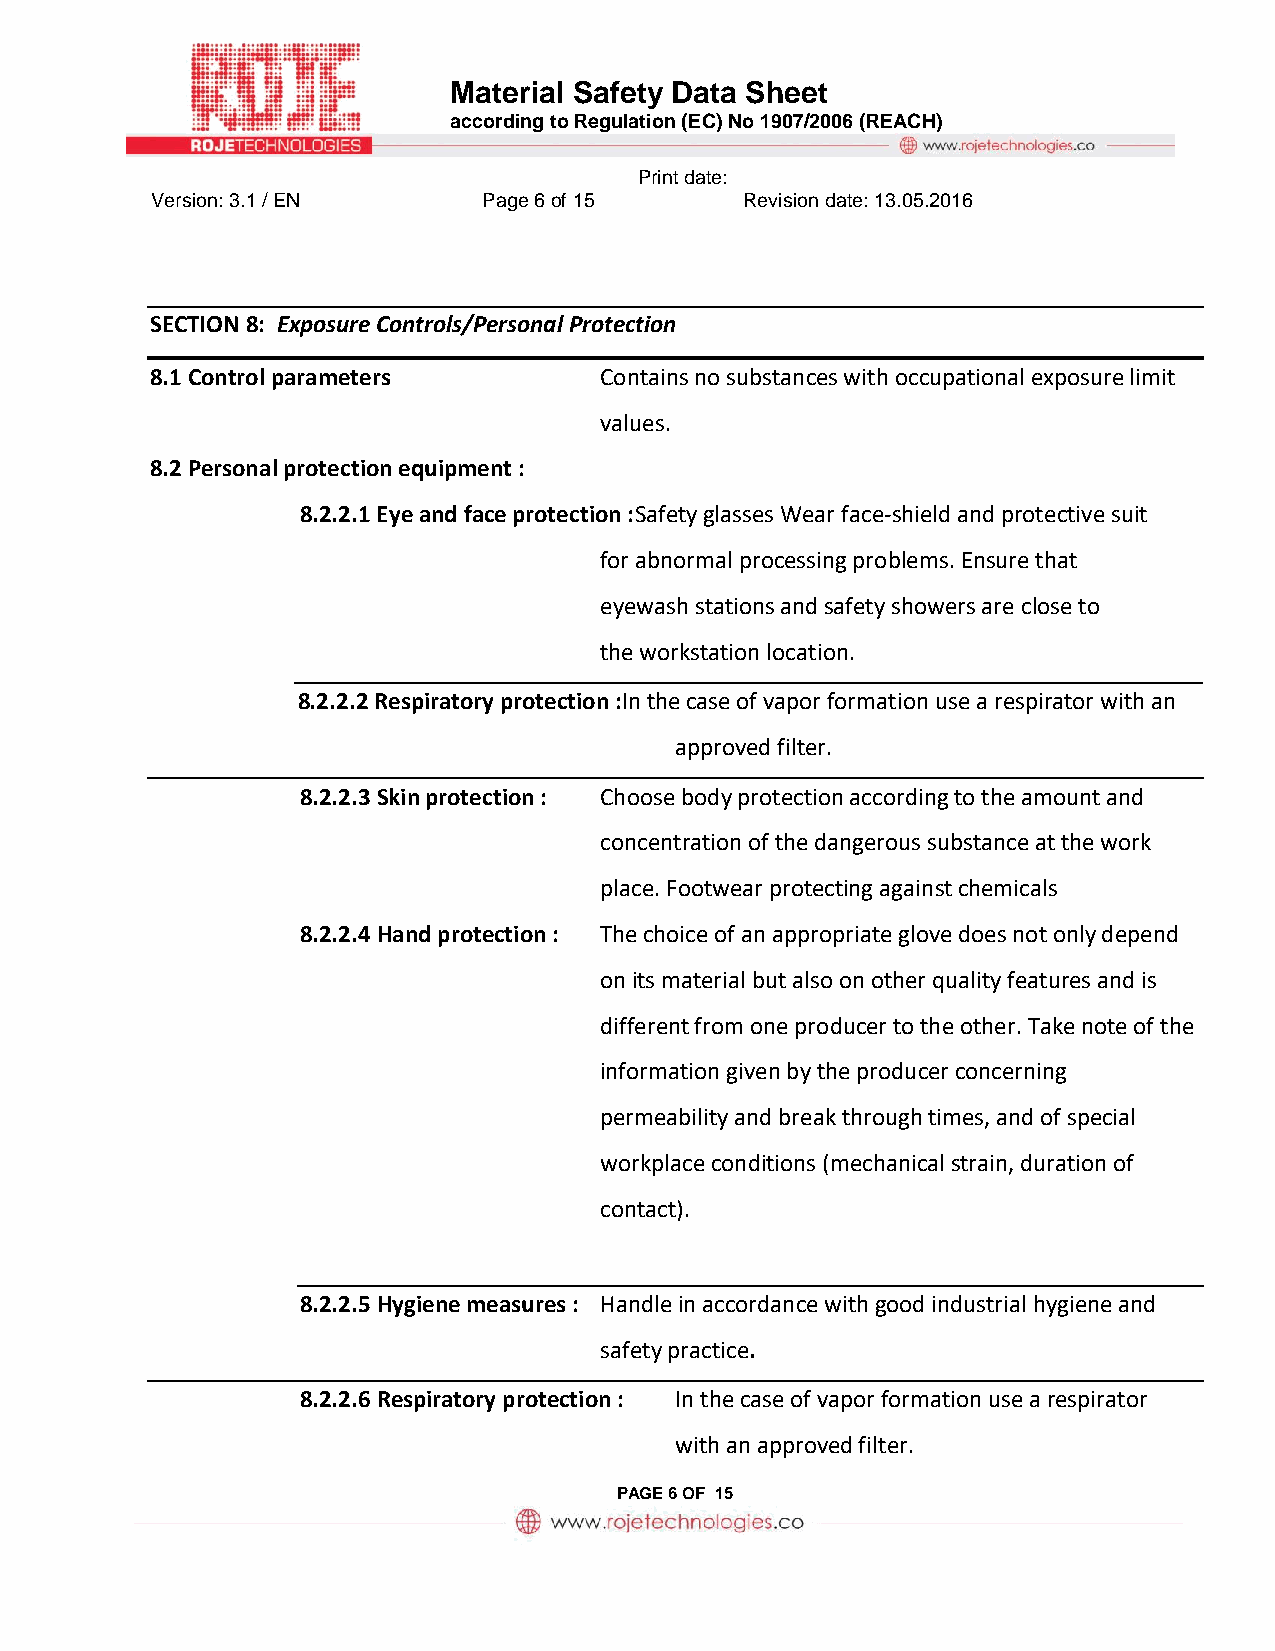
Material Safety Data Sheet
 according to Regulation (EC) No 1907/2006 (REACH)
 Print date:
 Version: 3.1 / EN     Page 6 of 15     Revision date: 13.05.2016
 SECTION 8: Exposure Controls/Personal Protection
 8.1 Control parameters        Contains no substances with occupational exposure limit
 values.
 8.2 Personal protection equipment :
 8.2.2.1 Eye and face protection :Safety glasses Wear face-shield and protective suit
 for abnormal processing problems. Ensure that
 eyewash stations and safety showers are close to
 the workstation location.
 8.2.2.2 Respiratory protection :In the case of vapor formation use a respirator with an
 approved filter.
 8.2.2.3 Skin protection : Choose body protection according to the amount and
 concentration of the dangerous substance at the work
 place. Footwear protecting against chemicals
 8.2.2.4 Hand protection : The choice of an appropriate glove does not only depend
 on its material but also on other quality features and is
 different from one producer to the other. Take note of the
 information given by the producer concerning
 permeability and break through times, and of special
 workplace conditions (mechanical strain, duration of
 contact).
 8.2.2.5 Hygiene measures : Handle in accordance with good industrial hygiene and
 safety practice.
 8.2.2.6 Respiratory protection : In the case of vapor formation use a respirator
 with an approved filter.
 PAGE 6 OF 15